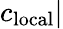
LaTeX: c_{\mathrm{local}}|